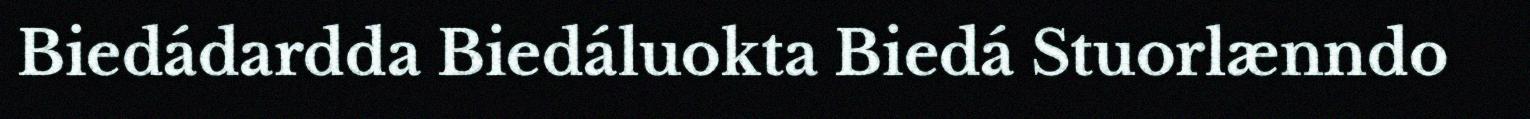
Biedádardda Biedáluokta Biedá Stuorlænndo